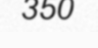
350